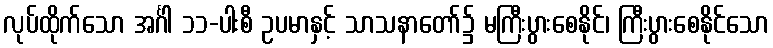
လုပ်ထိုက်သော အင်္ဂါ ၁၁-ပါးစီ ဥပမာနှင့် သာသနာတော်၌ မကြီးပွားစေနိုင်၊ ကြီးပွားစေနိုင်သော